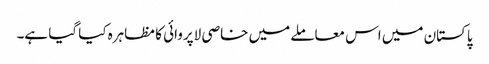
پاکستان میں اس معاملے میں خاصی لاپروائی کا مظاہرہ کیا گیا ہے۔